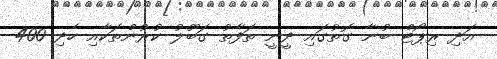
އަދި ރިޕޯޓް ބުނާ ގޮތުގައި ދީނީ ތަފާތު ގަބޫލު ކުރުންތަކާއި ހެދި 400